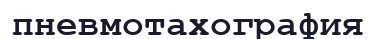
пневмотахография